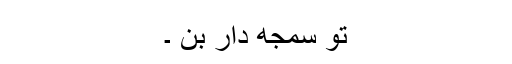
تو سمجھ دار بن ۔